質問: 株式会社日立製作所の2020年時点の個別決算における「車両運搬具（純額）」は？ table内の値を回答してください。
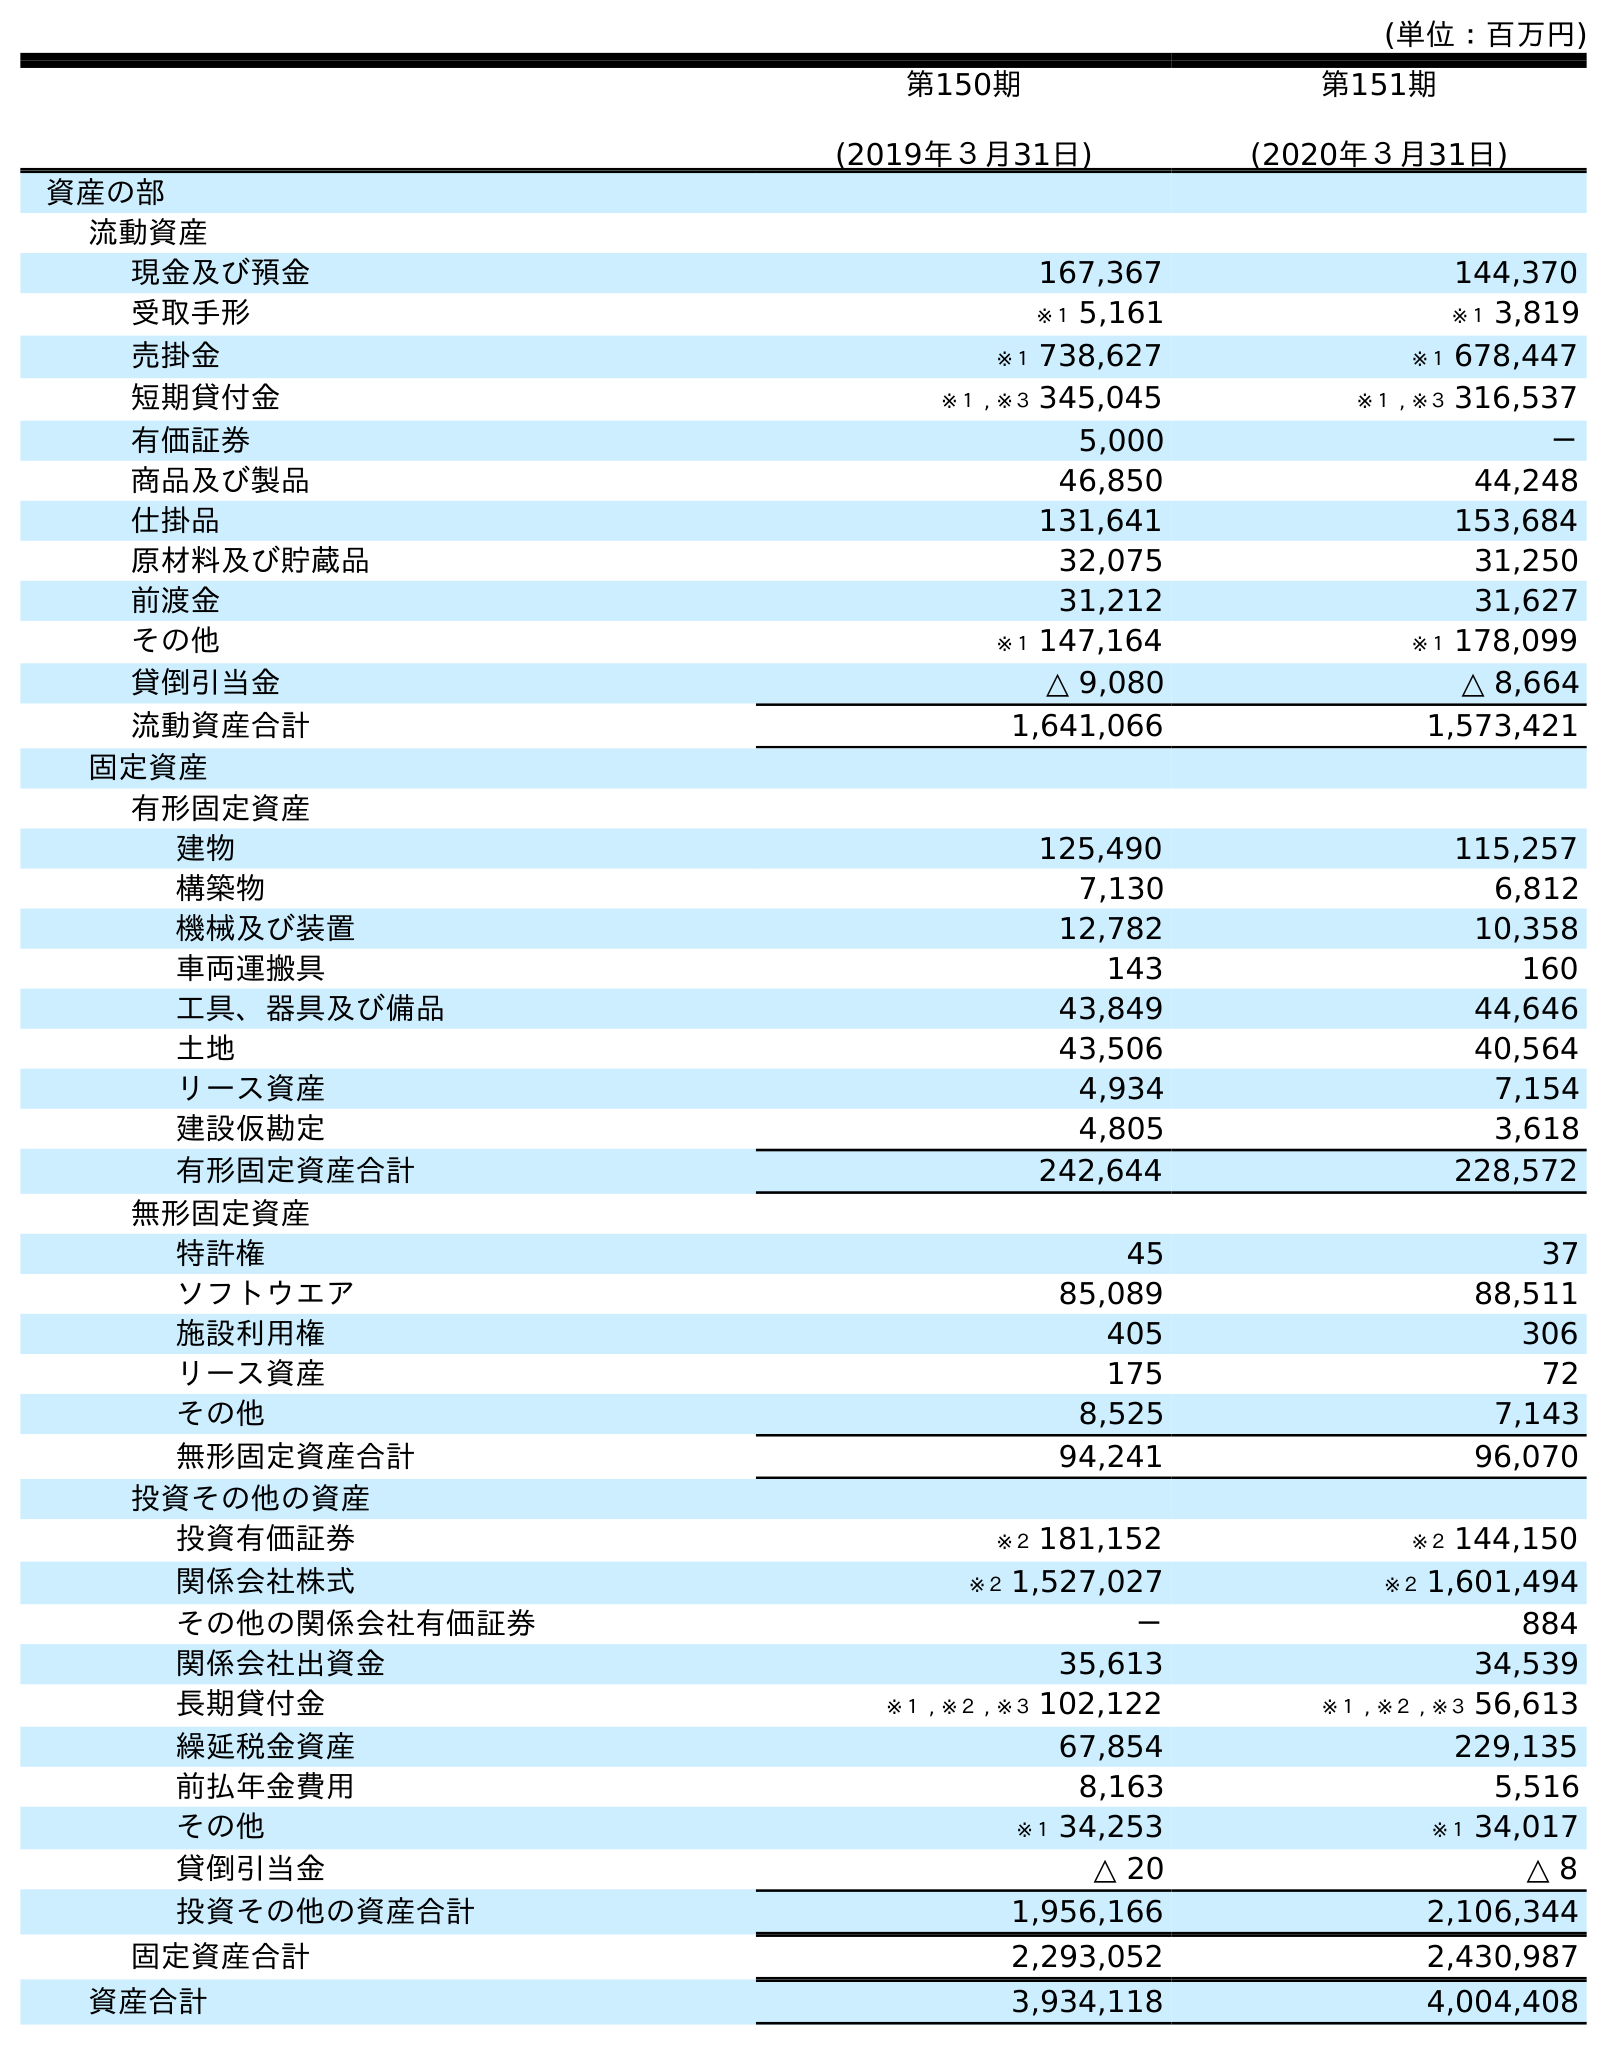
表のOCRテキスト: (単位：百万円) 第150期 (2019年３月31日) 第151期 (2020年３月31日) 資産の部 流動資産 現金及び預金 167,367 144,370 受取手形 ※１ 5,161 ※１ 3,819 売掛金 ※１ 738,627 ※１ 678,447 短期貸付金 ※１ , ※３ 345,045 ※１ , ※３ 316,537 有価証券 5,000 － 商品及び製品 46,850 44,248 仕掛品 131,641 153,684 原材料及び貯蔵品 32,075 31,250 前渡金 31,212 31,627 その他 ※１ 147,164 ※１ 178,099 貸倒引当金 △ 9,080 △ 8,664 流動資産合計 1,641,066 1,573,421 固定資産 有形固定資産 建物 125,490 115,257 構築物 7,130 6,812 機械及び装置 12,782 10,358 車両運搬具 143 160 工具、器具及び備品 43,849 44,646 土地 43,506 40,564 リース資産 4,934 7,154 建設仮勘定 4,805 3,618 有形固定資産合計 242,644 228,572 無形固定資産 特許権 45 37 ソフトウエア 85,089 88,511 施設利用権 405 306 リース資産 175 72 その他 8,525 7,143 無形固定資産合計 94,241 96,070 投資その他の資産 投資有価証券 ※２ 181,152 ※２ 144,150 関係会社株式 ※２ 1,527,027 ※２ 1,601,494 その他の関係会社有価証券 － 884 関係会社出資金 35,613 34,539 長期貸付金 ※１ , ※２ , ※３ 102,122 ※１ , ※２ , ※３ 56,613 繰延税金資産 67,854 229,135 前払年金費用 8,163 5,516 その他 ※１ 34,253 ※１ 34,017 貸倒引当金 △ 20 △ 8 投資その他の資産合計 1,956,166 2,106,344 固定資産合計 2,293,052 2,430,987 資産合計 3,934,118 4,004,408
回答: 160